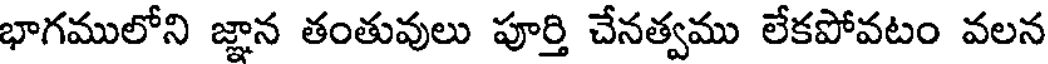
భాగములోని జ్ఞాన తంతువులు పూర్తి చేనత్వము లేకపోవటం వలన